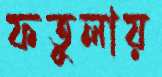
ফতুলায়